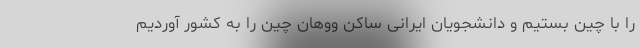
را با چین بستیم و دانشجویان ایرانی ساکن ووهان چین را به کشور آوردیم